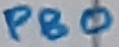
Text: PB0